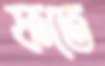
ফতে